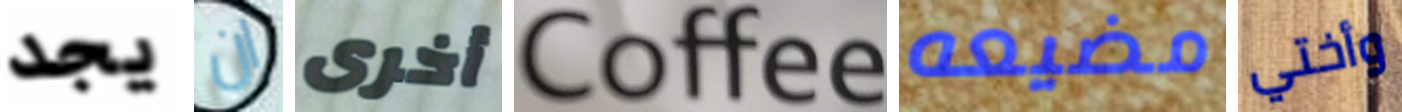
يجد ان أخرى Coffee مضيعه وأختي